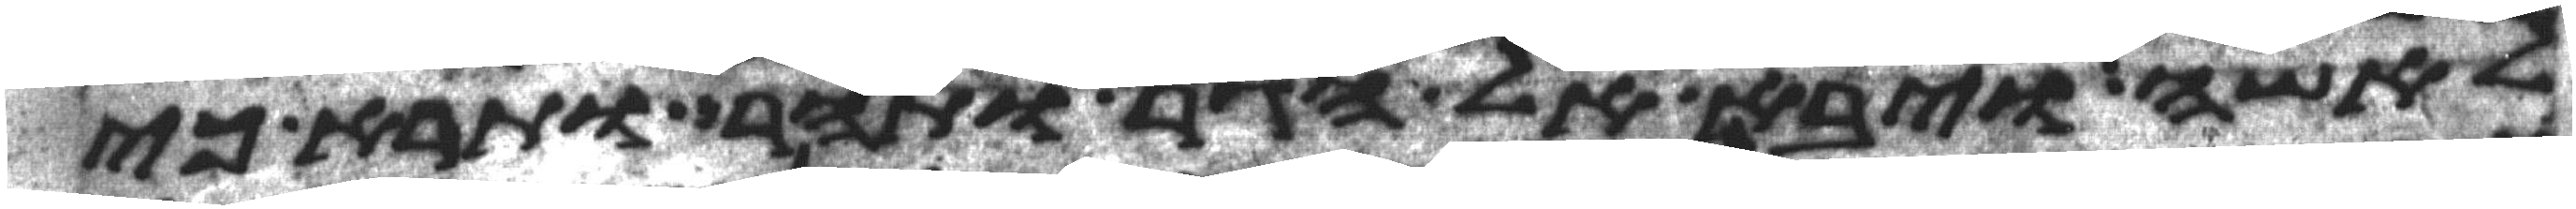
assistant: לאשה ויבא אל הגר ותהר ותרא כי